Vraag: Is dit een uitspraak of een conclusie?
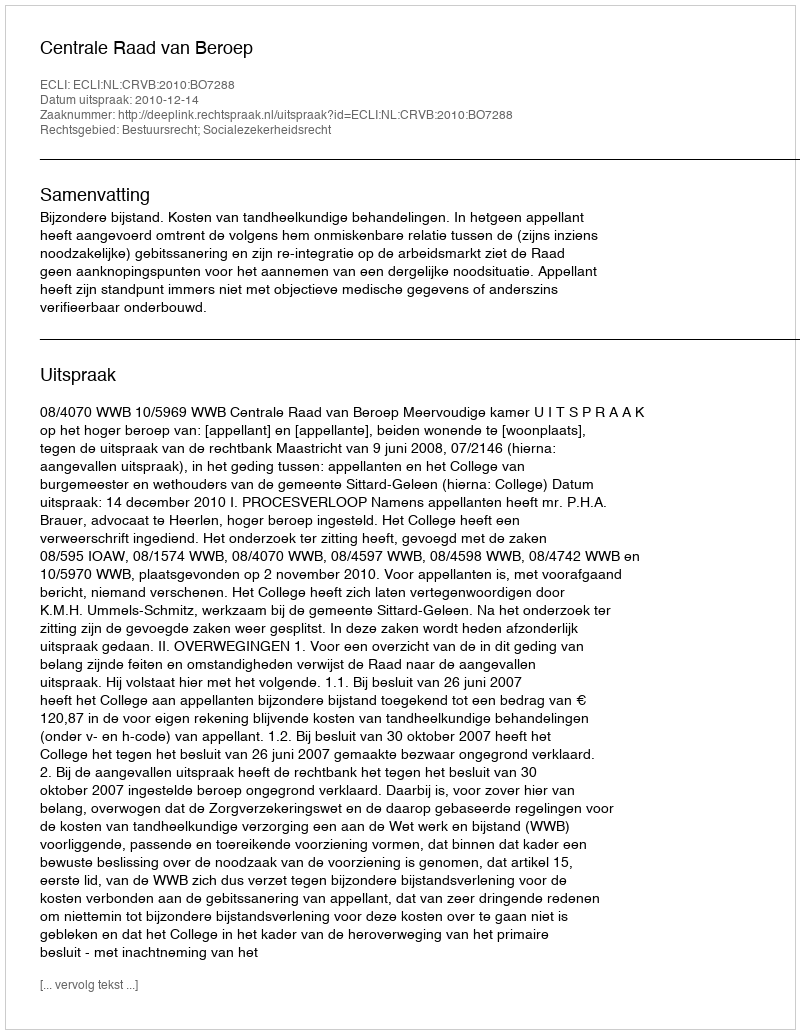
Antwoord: Uitspraak